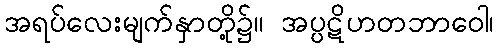
အရပ်လေးမျက်နှာတို့၌။ အပ္ပဋိဟတဘာဝေါ၊